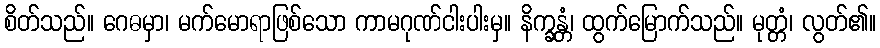
စိတ်သည်။ ဂေဓမှာ၊ မက်မောရာဖြစ်သော ကာမဂုဏ်ငါးပါးမှ။ နိက္ခန္တံ၊ ထွက်မြောက်သည်။ မုတ္တံ၊ လွတ်၏။